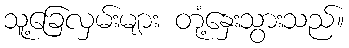
သူ့ခြေလှမ်းများ တုံ့နှေးသွားသည်။